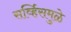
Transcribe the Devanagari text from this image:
सर्व्हिसमुळे